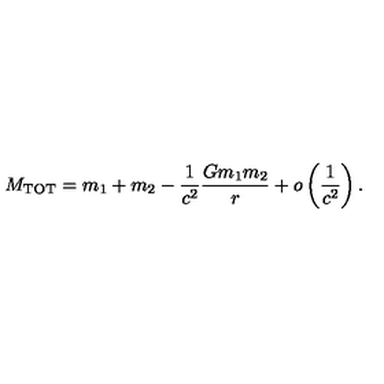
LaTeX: M _ { \mathrm { T O T } } = m _ { 1 } + m _ { 2 } - \frac { 1 } { c ^ { 2 } } \frac { G m _ { 1 } m _ { 2 } } { r } + o \left( \frac { 1 } { c ^ { 2 } } \right) .